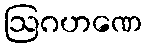
ဩဂဟဏေ